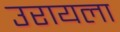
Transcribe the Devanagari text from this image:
उरायला